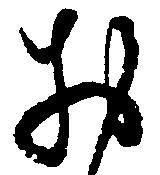
お